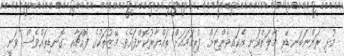
މުޅި ރަންނަބަނޑޭރި މާލަންވަނީ އެކައިވެންޏަށް ފުރިހަމައަށް ތައްޔާރުކޮށްފައެވެ. މޭޒުތަކުގެ ފޮއްޗާއި ގޮނޑިތައްވެސް ވަނީ